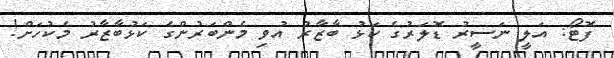
ފޮޓޯ: އަލީ ނަސީރު ޑޮލަރުގެ ކަޅު ބާޒާރު އުވި މެންބަރުންގެ ކަޅުބާޒާރު މެކުހަށް!